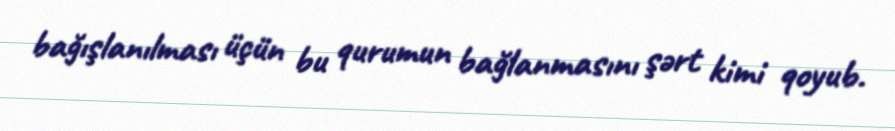
bağışlanılması üçün bu qurumun bağlanmasını şərt kimi qoyub.